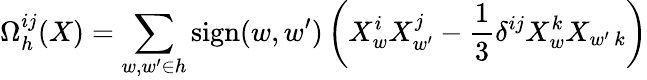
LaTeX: \Omega_{h}^{ij}(X)=\sum_{w,{w^{\prime}}\in h}\mathrm{sign}(w,{w^{\prime}})\left(X_{w}^{i}X_{w^{\prime}}^{j}-{\frac{1}{3}}\delta^{ij}X_{w}^{k}X_{w^{\prime}\, k}\right)